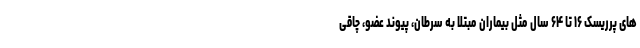
های پرریسک ۱۶ تا ۶۴ سال مثل بیماران مبتلا به سرطان، پیوند عضو، چاقی